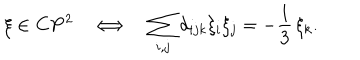
LaTeX: \xi \in { \bf C } { \bf P } ^ { 2 } \ \ \ \Longleftrightarrow \ \ \ \sum _ { i , j } d _ { i j k } \xi _ { i } \xi _ { j } = - \frac { 1 } { 3 } \, \xi _ { k } .